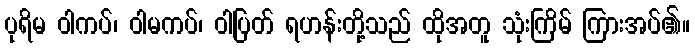
ပုရိမ ဝါကပ်၊ ဝါမကပ်၊ ဝါပြတ် ရဟန်းတို့သည် ထိုအတူ သုံးကြိမ် ကြားအပ်၏။